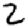
Digit: 2